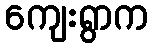
ကျေးရွာက